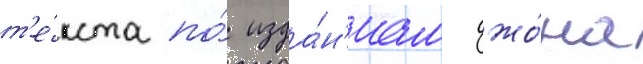
т'е́кста по́ изда́н'иам джо́на